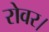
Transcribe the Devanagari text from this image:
रोवर।